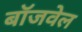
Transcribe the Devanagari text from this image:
बॉजवेल